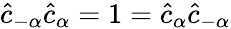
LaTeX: \hat{c}_{-\alpha}\hat{c}_{\alpha}=1=\hat{c}_{\alpha}\hat{c}_{-\alpha}